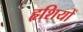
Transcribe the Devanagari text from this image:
हृशियों